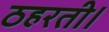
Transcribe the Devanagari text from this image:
ठहरती।